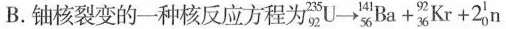
B.铀核裂变的一种核反应方程为$$^{235}_{92} U \longrightarrow ^{141}_{56} B a + ^{92}_{36} K r + 2 ^{1}_{0} n$$